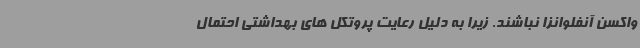
واکسن آنفلوانزا نباشند. زیرا به دلیل رعایت پروتکل های بهداشتی احتمال